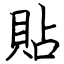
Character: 貼